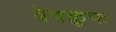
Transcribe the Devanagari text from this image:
बेवक़ूफ